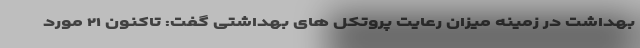
بهداشت در زمینه میزان رعایت پروتکل های بهداشتی گفت: تاکنون ۲۱ مورد